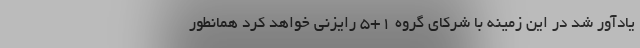
یادآور شد در این زمینه با شرکای گروه ۱+۵ رایزنی خواهد کرد همانطور